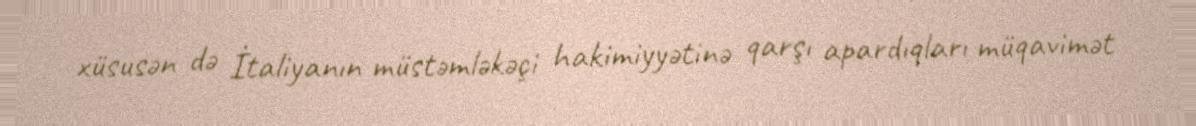
xüsusən də İtaliyanın müstəmləkəçi hakimiyyətinə qarşı apardıqları müqavimət